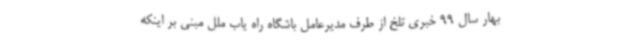
بهار سال 99 خبری تلخ از طرف مدیرعامل باشگاه راه یاب ملل مبنی بر اینکه